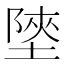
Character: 𡎶